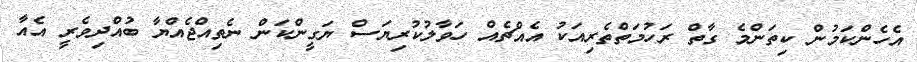
އެހެންކަމުން ކިތަންމެ ގާތް ރަހުމަތްތެރިއަކު އެއްޗެއް ހަވާލުކުރިޔަސް ޔަގީންކަން ނެތިއްޖެއްޔާ ބުއްދިވެރީ އެއާ